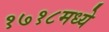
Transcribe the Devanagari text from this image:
१७१८मध्ये